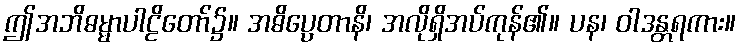
ဤအဘိဓမ္မာပါဠိတော်၌။ အဓိပ္ပေတာနိ၊ အလိုရှိအပ်ကုန်၏။ ပန၊ ဝါဒန္တရကား။